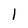
Character: 1